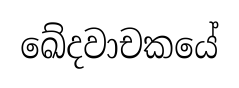
ඛේදවාචකයේ